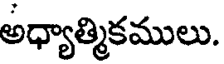
అధ్యాత్మికములు.